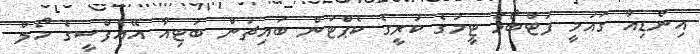
އިންޑިއާ ގައުމީ ފުޓްބޯޅަ ޓީމުގެ ކުރީގެ ކެޕްޓަން ބައިޗުން ބުޓިއާ އޭއެފްސީގެ ހޯލް